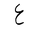
Letter: _ayn